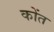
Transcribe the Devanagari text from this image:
कोंत